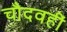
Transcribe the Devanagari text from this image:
चौदवहीं